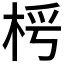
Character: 𣑂